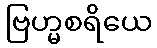
ဗြဟ္မစရိယေ